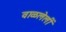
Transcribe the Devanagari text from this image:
वाळलेलीं